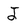
Character: J